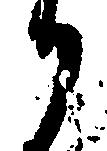
か